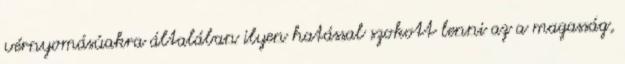
vérnyomásúakra általában ilyen hatással szokott lenni az a magasság,